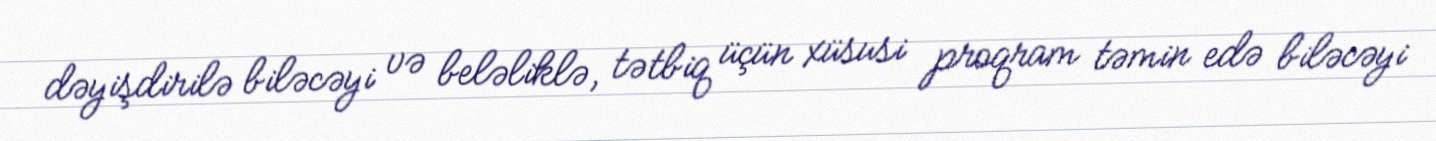
dəyişdirilə biləcəyi və beləliklə, tətbiq üçün xüsusi proqram təmin edə biləcəyi